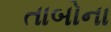
તાબોના